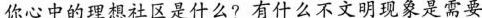
你心中的理想社区是什么?有什么不文明现象是需要